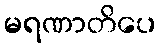
မရဏာတိပေ